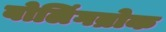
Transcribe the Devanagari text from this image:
बोलिंगब्रोक